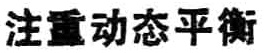
注重动态平衡